system: You are a helpful assistant.
user:
Analyze the provided spectrum to determine if it is a **S-type Star**.

- **Key Indicators for S-type Star:**

    - **(Overall Spectrum Shape):** The first and most obvious characteristic is the overall continuum (the "baseline" shape). It is **extremely "red-sloping,"** meaning the flux (light intensity) is very low on the left side (blue, ~4000-4500 Å) and rises steeply and continuously toward the right side (red, ~7000 Å+).

    - **(Primary):** The spectrum is defined by the presence of strong, broad molecular absorption "valleys" (bands) from **Zirconium Oxide (ZrO)**. The identification of these bands is the **primary requirement** for classifying a star as S-type.
        - **(Key Bandheads):** You must find distinct, deep "dips" where the light has been absorbed. The most critical band systems to locate are:
            - **~6474 Å** ($\gamma$-system): This is often the strongest and clearest ZrO feature, found in the red part of the spectrum.
            - **~5718 Å** & **~5551 Å** ($\beta$-system): A pair of prominent absorption features in the yellow-orange part of the spectrum.
            - **~4640 Å** ($\alpha$-system): A key absorption band system in the blue-green region of the spectrum.

    - **(Secondary Confirmation):** The classification is strengthened by finding additional absorption bands from other related heavy element oxides, which are expected to be present alongside ZrO.
        - **(Key Bandheads):**
            - **Yttrium Oxide (YO):** Look for absorption dips near **~4800 Å** and **~6100 Å**.
            - **Lanthanum Oxide (LaO):** Additional absorption features, particularly in the red-orange part of the spectrum, are also characteristic.

    - **(Line Profile):** The combination of the steep red continuum and these numerous, deep molecular bands (ZrO, YO, etc.) gives the entire spectrum a very **"chopped-up"** or **"bumpy"** appearance. Instead of a smooth curve, the spectrum looks as though large, wide chunks of light have been "carved out" of it at the specific wavelengths listed above.

Think first, call **spectral_visualization_tool** if needed to examine features in detail, then provide your final answer. Your response must adhere to the following strict rules:
1.  **Overall Structure:** Your response must follow the format `<think>...</think> <tool_call>...</tool_call> (if a tool is used) <answer>...</answer>`.
2.  **Tool Usage Constraint:** You may only make **one** tool call per turn.
3.  **Final Answer Format:** In the `<answer>` tag, your conclusion must be inside a `\boxed{}` command (e.g., `\boxed{YES}` or `\boxed{NO}`), followed by your justification.

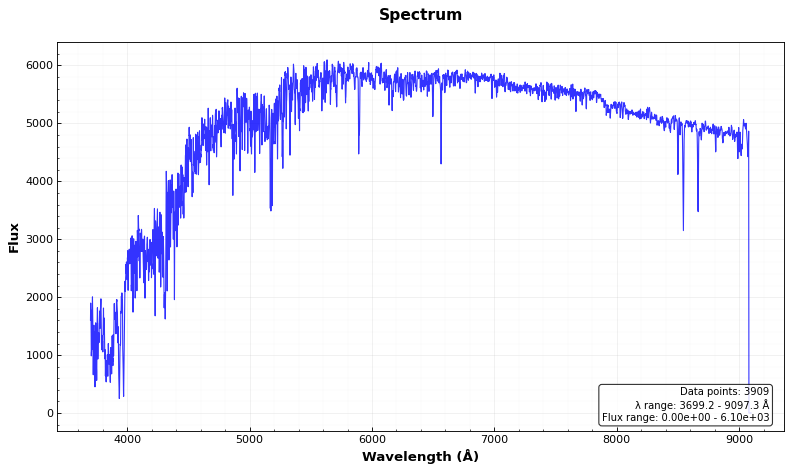
Answer: NO